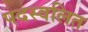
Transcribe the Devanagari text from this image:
पदस्वलित